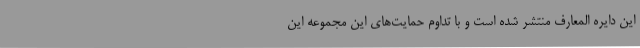
این دایره المعارف منتشر شده است و با تداوم حمایت‌های این مجموعه این